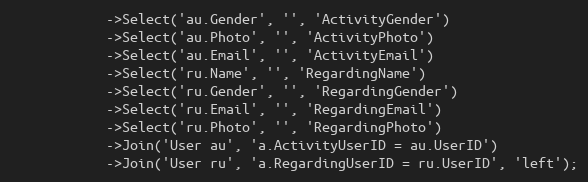
Language: PHP
            ->Select('au.Gender', '', 'ActivityGender')
            ->Select('au.Photo', '', 'ActivityPhoto')
            ->Select('au.Email', '', 'ActivityEmail')
            ->Select('ru.Name', '', 'RegardingName')
            ->Select('ru.Gender', '', 'RegardingGender')
            ->Select('ru.Email', '', 'RegardingEmail')
            ->Select('ru.Photo', '', 'RegardingPhoto')
            ->Join('User au', 'a.ActivityUserID = au.UserID')
            ->Join('User ru', 'a.RegardingUserID = ru.UserID', 'left');